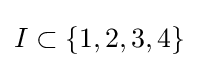
I\subset \{1,2,3,4\}